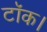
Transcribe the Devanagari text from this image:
टॉक।